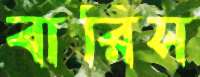
বারিস